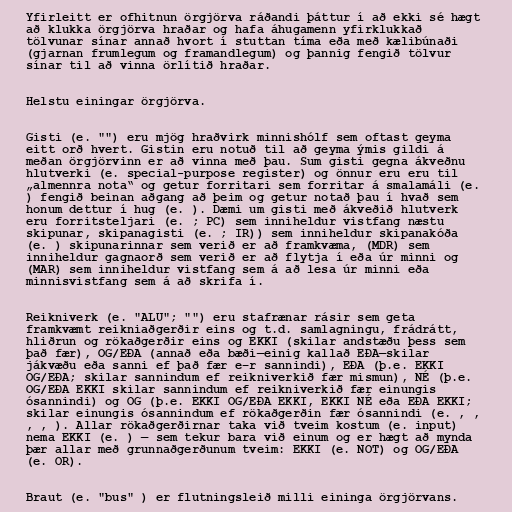
Yfirleitt er ofhitnun örgjörva ráðandi þáttur í að ekki sé hægt
að klukka örgjörva hraðar og hafa áhugamenn yfirklukkað
tölvunar sínar annað hvort í stuttan tíma eða með kælibúnaði
(gjarnan frumlegum og framandlegum) og þannig fengið tölvur
sínar til að vinna örlítið hraðar.

Helstu einingar örgjörva.

Gisti (e. "") eru mjög hraðvirk minnishólf sem oftast geyma
eitt orð hvert. Gistin eru notuð til að geyma ýmis gildi á
meðan örgjörvinn er að vinna með þau. Sum gisti gegna ákveðnu
hlutverki (e. special-purpose register) og önnur eru eru til
„almennra nota“ og getur forritari sem forritar á smalamáli (e.
) fengið beinan aðgang að þeim og getur notað þau í hvað sem
honum dettur í hug (e. ). Dæmi um gisti með ákveðið hlutverk
eru forritsteljari (e. ; PC) sem inniheldur vistfang næstu
skipunar, skipanagisti (e. ; IR)) sem inniheldur skipanakóða
(e. ) skipunarinnar sem verið er að framkvæma, (MDR) sem
inniheldur gagnaorð sem verið er að flytja í eða úr minni og
(MAR) sem inniheldur vistfang sem á að lesa úr minni eða
minnisvistfang sem á að skrifa í.

Reikniverk (e. "ALU"; "") eru stafrænar rásir sem geta
framkvæmt reikniaðgerðir eins og t.d. samlagningu, frádrátt,
hliðrun og rökaðgerðir eins og EKKI (skilar andstæðu þess sem
það fær), OG/EÐA (annað eða bæði—einig kallað EÐA—skilar
jákvæðu eða sanni ef það fær e–r sannindi), EÐA (þ.e. EKKI
OG/EÐA; skilar sannindum ef reikniverkið fær mismun), NÉ (þ.e.
OG/EÐA EKKI skilar sannindum ef reikniverkið fær einungis
ósannindi) og OG (þ.e. EKKI OG/EÐA EKKI, EKKI NÉ eða EÐA EKKI;
skilar einungis ósannindum ef rökaðgerðin fær ósannindi (e. , ,
, , ). Allar rökaðgerðirnar taka við tveim kostum (e. input)
nema EKKI (e. ) — sem tekur bara við einum og er hægt að mynda
þær allar með grunnaðgerðunum tveim: EKKI (e. NOT) og OG/EÐA
(e. OR).

Braut (e. "bus" ) er flutningsleið milli eininga örgjörvans.